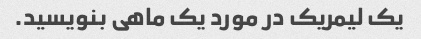
یک لیمریک در مورد یک ماهی بنویسید.